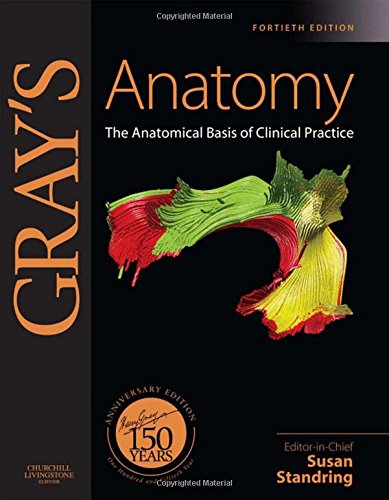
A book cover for Gray's Anatomy: The Anatomical Basis of Clinical Practice, Expert Consult - Online and Print, 40e; Susan Standring PhD  DSc; Reference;